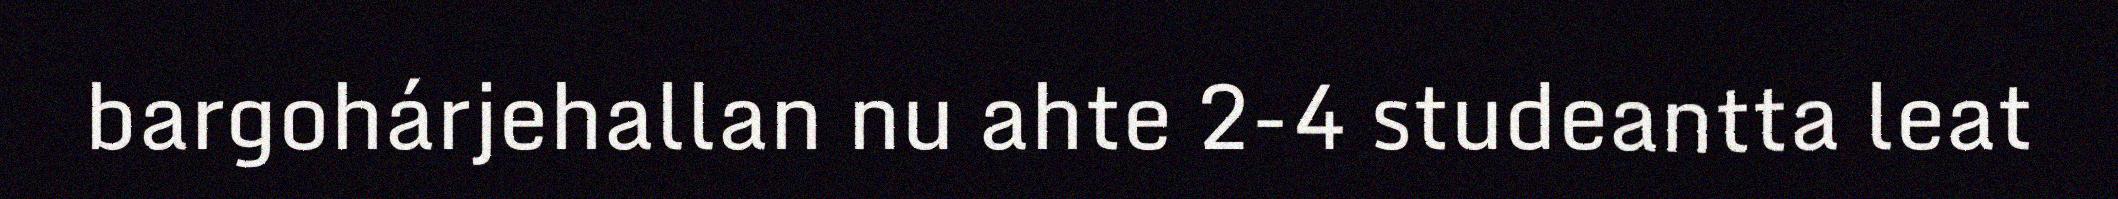
bargohárjehallan nu ahte 2-4 studeantta leat